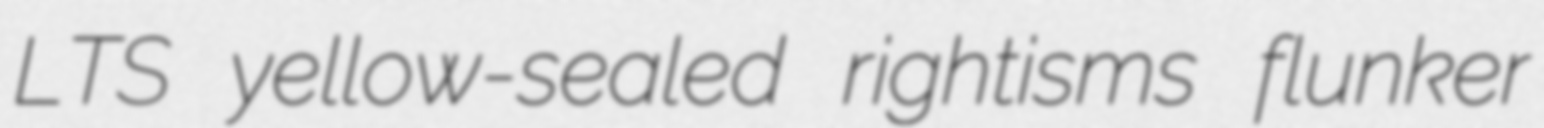
LTS yellow-sealed rightisms flunker